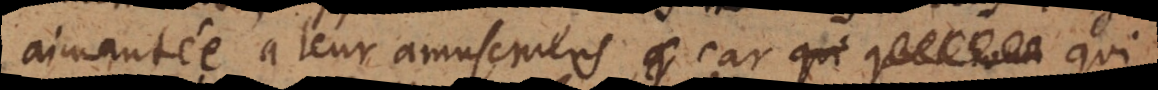
aimantée à leur amusemens, car qui